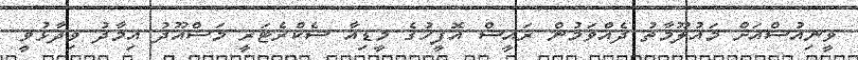
ވީނިއުސްއަށް މައުލޫމާތު ދެއްވަމުން ރައީސް އޮފީހުގެ މީޑިއާ ސެކްރެޓަރީ މަސްއޫދު އިމާދު ވިދާޅުވީ